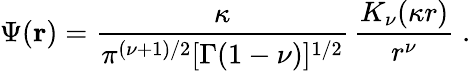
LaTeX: \Psi({\mathbf r})=\frac{\kappa}{\pi^{(\nu+1)/2}[\Gamma(1-\nu)]^{1/2}}\, \frac{K_{\nu}(\kappa r)}{r^{\nu}}\; .